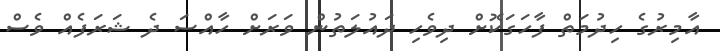
އާމިރުގެ ހިދުމަތް ފާހަގަކޮށް ދިވެހި ދައުލަތުން ވަރަށް ހާއްސަ ދެ ޝަރަފެއް ވެސް